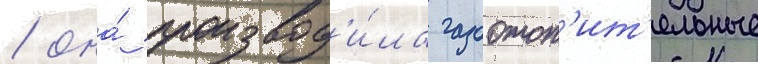
/ она́ производ'и́ла газоотоп'ит'ельные